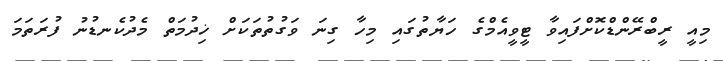
މިއީ ރީބްރޭންޑްކޮށްފައިވާ ޓީވީއެމްގެ ހަޔާތުގައި މިހާ ގިނަ ވަގުތުތަކަށް ޚިދުމަތް މެދުކެނޑުނު ފުރަތަމަ